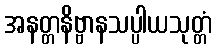
အနတ္တနိဗ္ဗာနသပ္ပါယသုတ္တံ